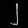
Digit: ၂